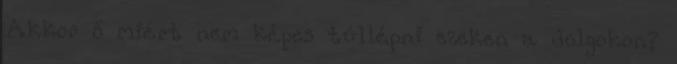
Akkor ő miért nem képes túllépni ezeken a dolgokon?